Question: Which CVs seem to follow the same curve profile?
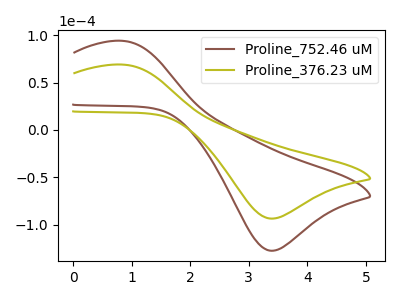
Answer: <think>The brown curve "Proline_752.46 uM" has an anodic peak at (0.85V, 94.10uA) and a cathodic peak at (3.40V, -127.50uA). The olive curve "Proline_376.23 uM" has an anodic peak at (0.85V, 69.05uA) and a cathodic peak at (3.40V, -93.55uA).
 All the peaks in "Proline_752.46 uM" have a peak in "Proline_376.23 uM" at the same potential. Every peak in "Proline_752.46 uM" is higher than every peak in "Proline_376.23 uM".</think>
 <answer>"Proline_376.23 uM" and "Proline_752.46 uM" have the same shape and are likely CV's of the same chemical.</answer>
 <eval>"Proline_376.23 uM" "Proline_752.46 uM"</eval>